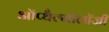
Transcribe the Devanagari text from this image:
ऑप्थैल्मोलॉजी